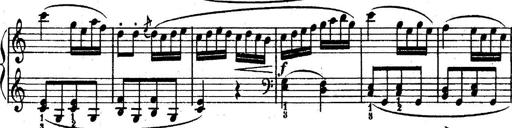
Title: 6 Piano Sonatinas
Composer: Cornelius Gurlitt